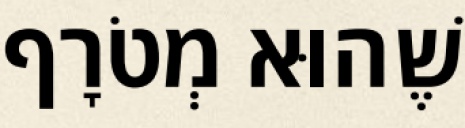
שֶׁהוּא מְטֹרָף